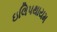
ઇલિપથાયમ